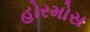
હોરમોસ